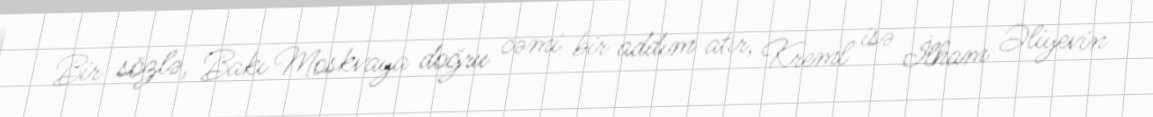
Bir sözlə, Bakı Moskvaya doğru cəmi bir addım atır, Kreml isə İlham Əliyevin